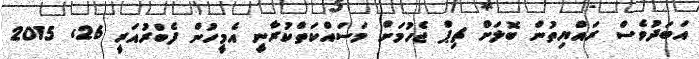
އަބަދުވެސް ރައްޔިތުން ބޮލަށް ޗިޕް ޖެހުމަށް މަސައްކަތްކުރާނީ އެމީހުން ފެބްރުއަރީ 26